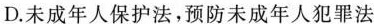
D.未成年人保护法，预防未成年人犯罪法